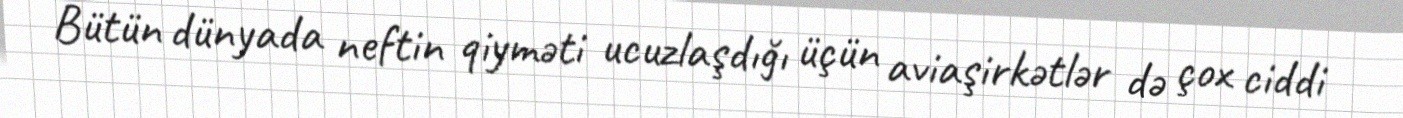
Bütün dünyada neftin qiyməti ucuzlaşdığı üçün aviaşirkətlər də çox ciddi